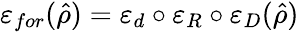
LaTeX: \varepsilon_{for}(\hat{\rho})=\varepsilon_{d}\circ\varepsilon_{R}\circ\varepsilon_{D}(\hat{\rho})